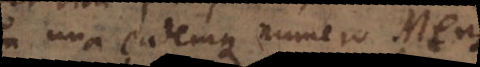
est una eademque numero Mens,